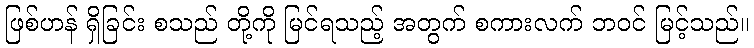
ဖြစ်ဟန် ရှိခြင်း စသည် တို့ကို မြင်ရသည့် အတွက် စကားလက် ဘဝင် မြင့်သည်။